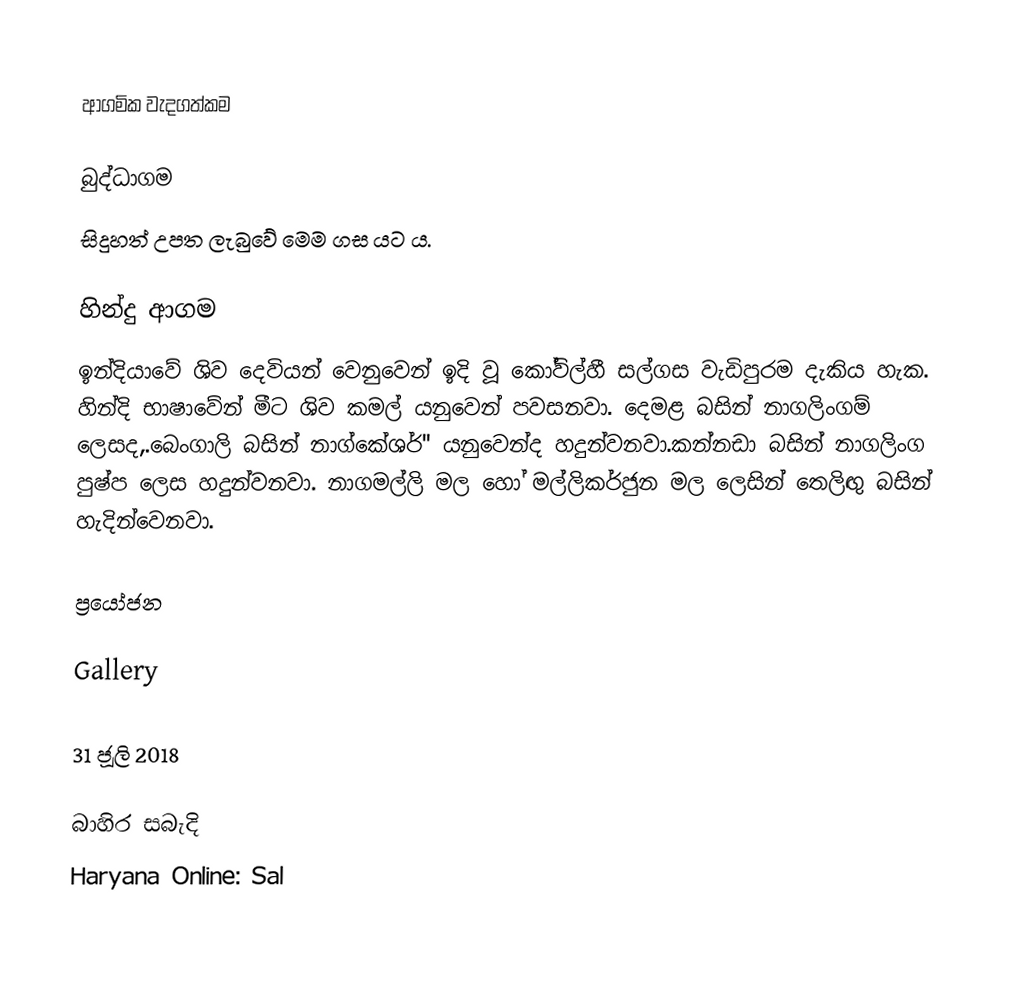

ආගමික වැදගත්කම

බුද්ධාගම
සිදුහත් උපත ලැබුවේ මෙම ගස යට ය.

හින්දු ආගම
ඉන්දියාවේ ශිව දෙවියන් වෙනුවෙන් ඉදි වූ කෝවිල්හී සල්ගස වැඩිපුරම දැකිය හැක. හින්දි භාෂාවේන් මීට ශිව කමල් යනුවෙන් පවසනවා. දෙමළ බසින් නාගලිංගම් ලෙසද,.බෙංගාලි බසින් නාග්කේශර්'' යනුවෙන්ද හදුන්වනවා.කන්නඩා බසින් නාගලිංග පුෂ්ප ලෙස හදුන්වනවා. නාගමල්ලි මල හෝ මල්ලිකර්ජුන මල ලෙසින් තෙලිඟු බසින් හැදින්වෙනවා.

ප්‍රයෝජන

Gallery

 31 ජූලි 2018

බාහිර සබැදි
Haryana Online: Sal